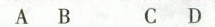
A B C D